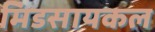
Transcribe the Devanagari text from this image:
मिडसायकल